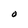
Character: O